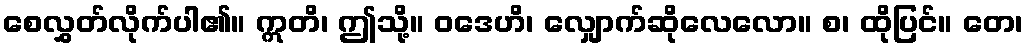
စေလွှတ်လိုက်ပါ၏။ ဣတိ၊ ဤသို့။ ဝဒေဟိ၊ လျှောက်ဆိုလေလော။ စ၊ ထိုပြင်။ တေ၊